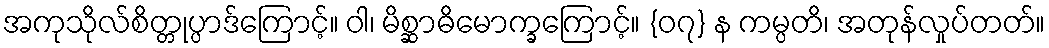
အကုသိုလ်စိတ္တုပ္ပာဒ်ကြောင့်။ ဝါ၊ မိစ္ဆာဓိမောက္ခကြောင့်။ {၀၇} န ကမ္ပတိ၊ အတုန်လှုပ်တတ်။